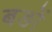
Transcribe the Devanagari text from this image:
बङों